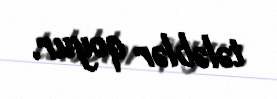
tələblər qoyur.